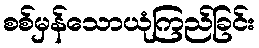
စစ်မှန်သောယုံကြည်ခြင်း